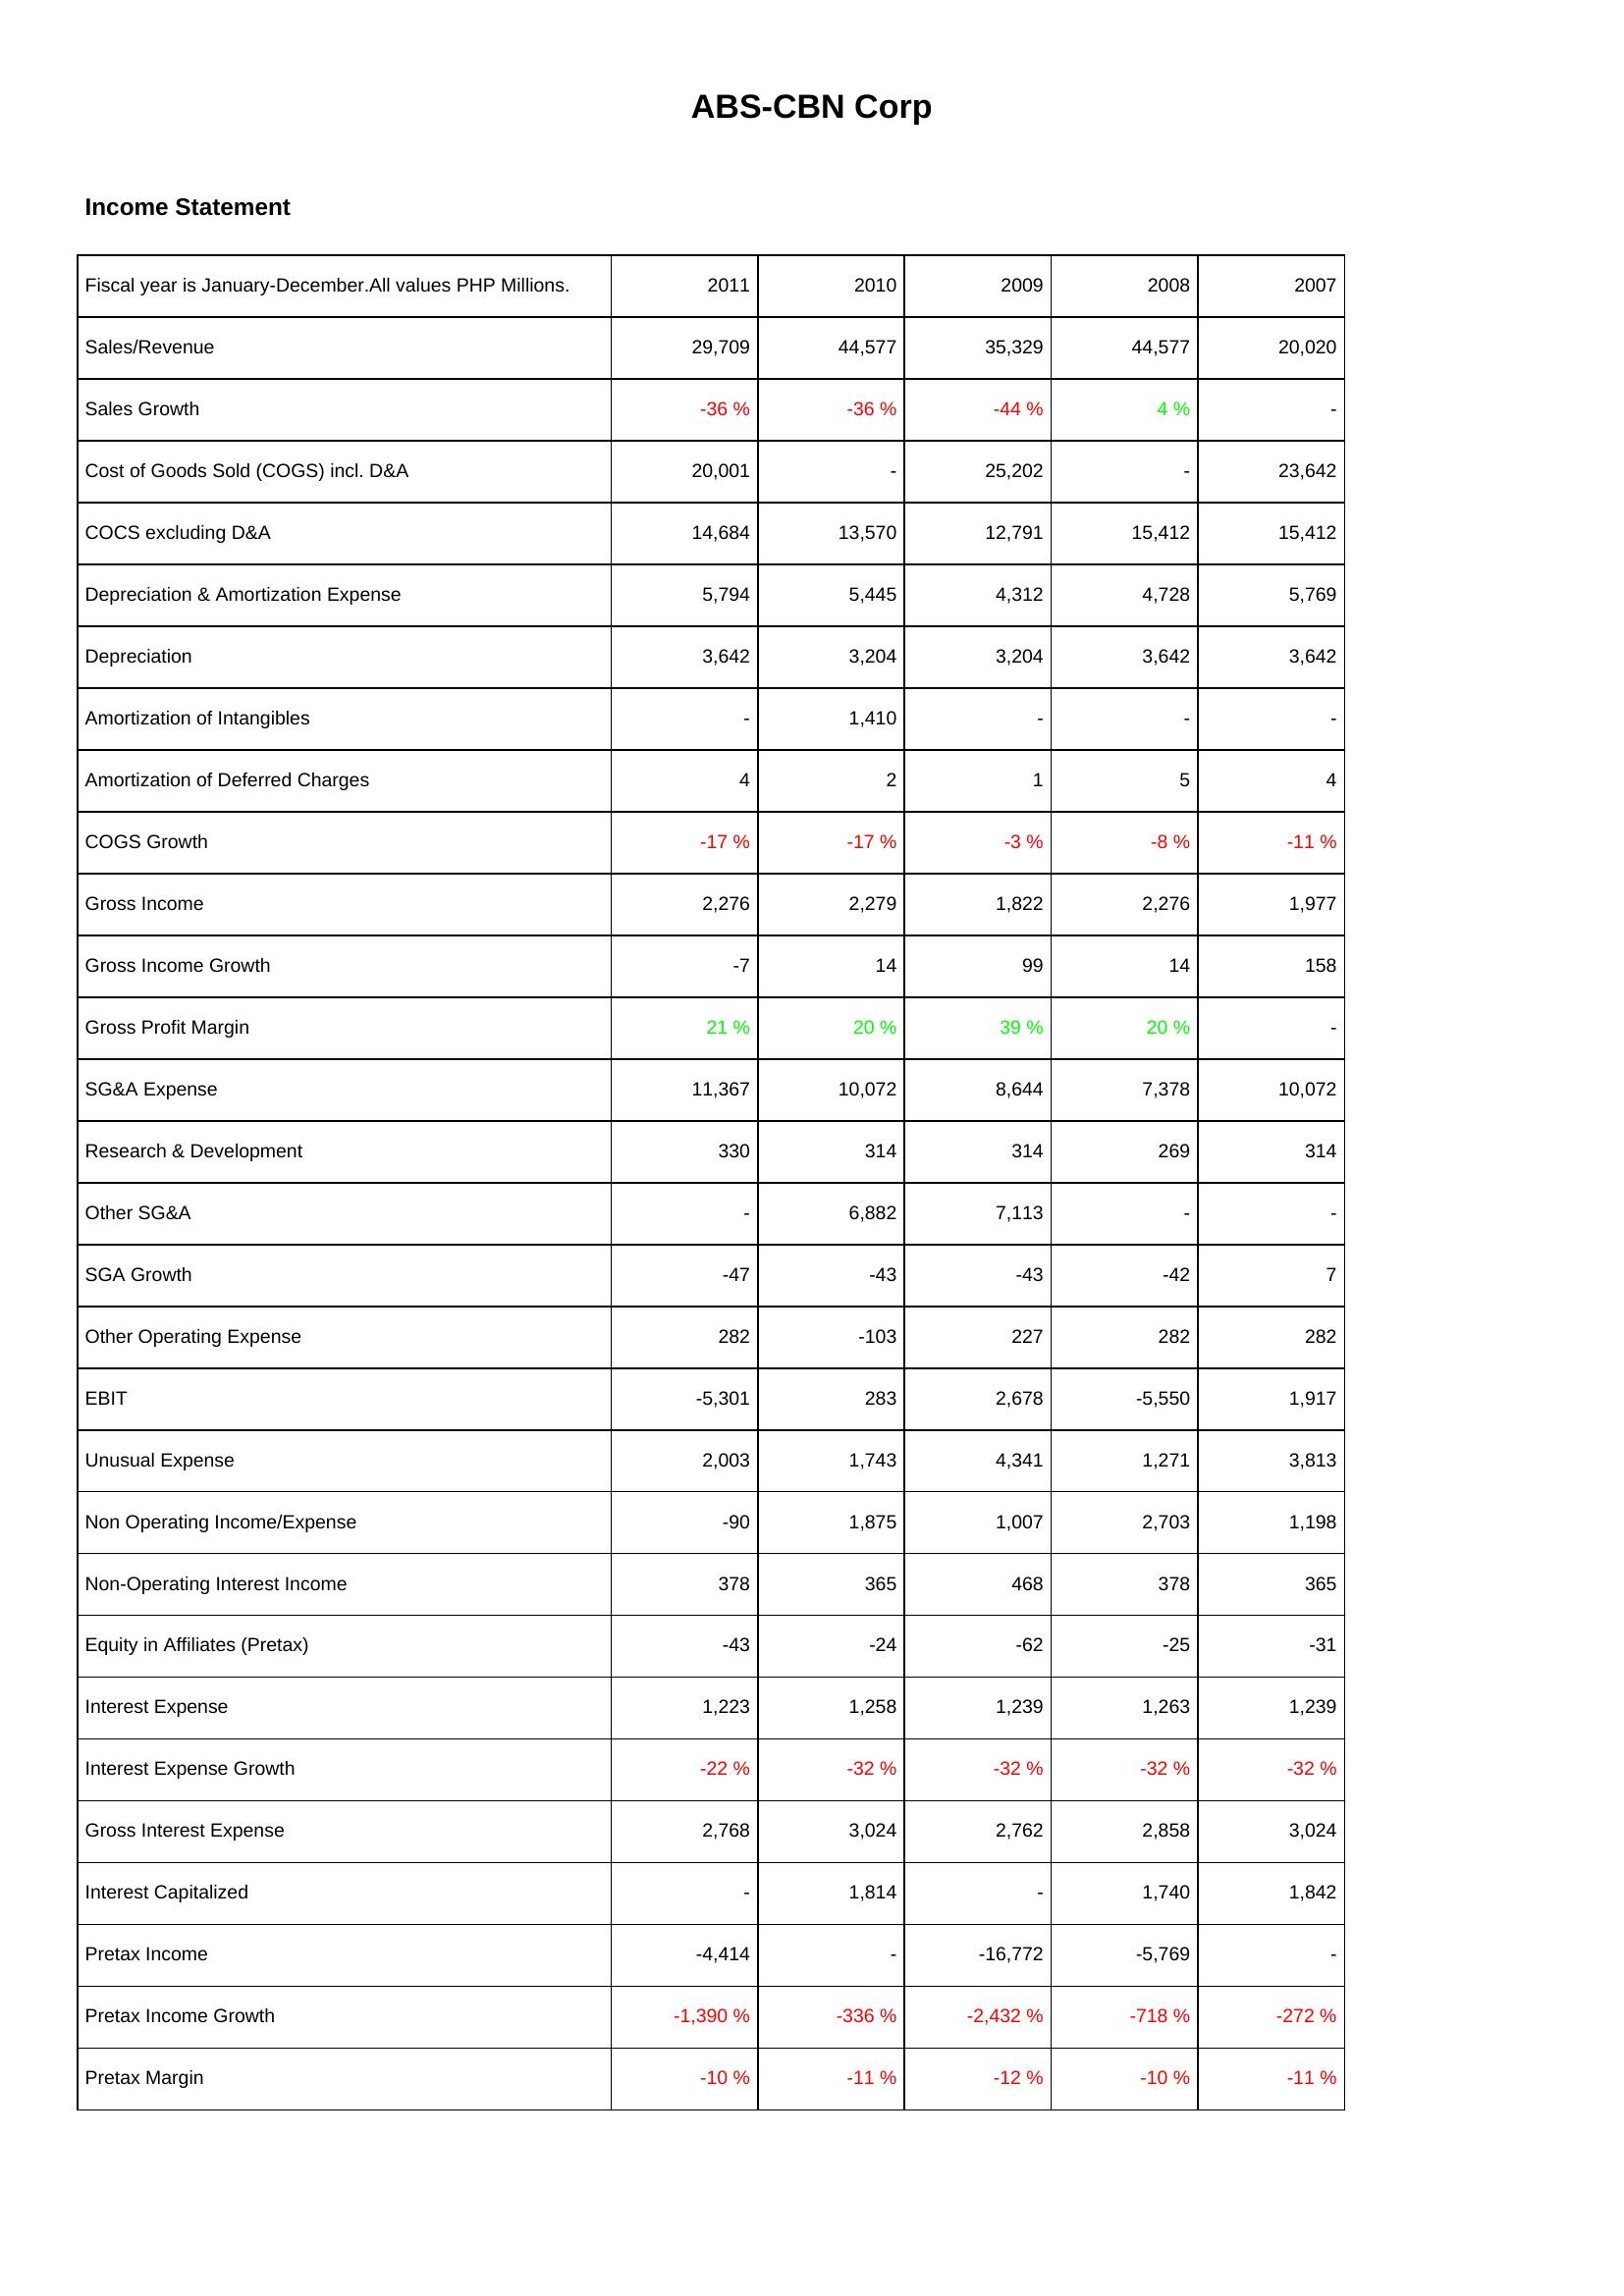
2011: Income Statement: Sales/Revenue: 29,709
Sales Growth: -36 %
Cost of Goods Sold (COGS) incl. D&A: 20,001
COCS excluding D&A: 14,684
Depreciation & Amortization Expense: 5,794
Depreciation: 3,642
Amortization of Intangibles: -
Amortization of Deferred Charges: 4
COGS Growth: -17 %
Gross Income: 2,276
Gross Income Growth: -7
Gross Profit Margin: 21 %
SG&A Expense: 11,367
Research & Development: 330
Other SG&A: -
SGA Growth: -47
Other Operating Expense: 282
EBIT: -5,301
Unusual Expense: 2,003
Non Operating Income/Expense: -90
Non-Operating Interest Income: 378
Equity in Affiliates (Pretax): -43
Interest Expense: 1,223
Interest Expense Growth: -22 %
Gross Interest Expense: 2,768
Interest Capitalized: -
Pretax Income: -4,414
Pretax Income Growth: -1,390 %
Pretax Margin: -10 %
2010: Income Statement: Sales/Revenue: 44,577
Sales Growth: -36 %
Cost of Goods Sold (COGS) incl. D&A: -
COCS excluding D&A: 13,570
Depreciation & Amortization Expense: 5,445
Depreciation: 3,204
Amortization of Intangibles: 1,410
Amortization of Deferred Charges: 2
COGS Growth: -17 %
Gross Income: 2,279
Gross Income Growth: 14
Gross Profit Margin: 20 %
SG&A Expense: 10,072
Research & Development: 314
Other SG&A: 6,882
SGA Growth: -43
Other Operating Expense: -103
EBIT: 283
Unusual Expense: 1,743
Non Operating Income/Expense: 1,875
Non-Operating Interest Income: 365
Equity in Affiliates (Pretax): -24
Interest Expense: 1,258
Interest Expense Growth: -32 %
Gross Interest Expense: 3,024
Interest Capitalized: 1,814
Pretax Income: -
Pretax Income Growth: -336 %
Pretax Margin: -11 %
2009: Income Statement: Sales/Revenue: 35,329
Sales Growth: -44 %
Cost of Goods Sold (COGS) incl. D&A: 25,202
COCS excluding D&A: 12,791
Depreciation & Amortization Expense: 4,312
Depreciation: 3,204
Amortization of Intangibles: -
Amortization of Deferred Charges: 1
COGS Growth: -3 %
Gross Income: 1,822
Gross Income Growth: 99
Gross Profit Margin: 39 %
SG&A Expense: 8,644
Research & Development: 314
Other SG&A: 7,113
SGA Growth: -43
Other Operating Expense: 227
EBIT: 2,678
Unusual Expense: 4,341
Non Operating Income/Expense: 1,007
Non-Operating Interest Income: 468
Equity in Affiliates (Pretax): -62
Interest Expense: 1,239
Interest Expense Growth: -32 %
Gross Interest Expense: 2,762
Interest Capitalized: -
Pretax Income: -16,772
Pretax Income Growth: -2,432 %
Pretax Margin: -12 %
2008: Income Statement: Sales/Revenue: 44,577
Sales Growth: 4 %
Cost of Goods Sold (COGS) incl. D&A: -
COCS excluding D&A: 15,412
Depreciation & Amortization Expense: 4,728
Depreciation: 3,642
Amortization of Intangibles: -
Amortization of Deferred Charges: 5
COGS Growth: -8 %
Gross Income: 2,276
Gross Income Growth: 14
Gross Profit Margin: 20 %
SG&A Expense: 7,378
Research & Development: 269
Other SG&A: -
SGA Growth: -42
Other Operating Expense: 282
EBIT: -5,550
Unusual Expense: 1,271
Non Operating Income/Expense: 2,703
Non-Operating Interest Income: 378
Equity in Affiliates (Pretax): -25
Interest Expense: 1,263
Interest Expense Growth: -32 %
Gross Interest Expense: 2,858
Interest Capitalized: 1,740
Pretax Income: -5,769
Pretax Income Growth: -718 %
Pretax Margin: -10 %
2007: Income Statement: Sales/Revenue: 20,020
Sales Growth: -
Cost of Goods Sold (COGS) incl. D&A: 23,642
COCS excluding D&A: 15,412
Depreciation & Amortization Expense: 5,769
Depreciation: 3,642
Amortization of Intangibles: -
Amortization of Deferred Charges: 4
COGS Growth: -11 %
Gross Income: 1,977
Gross Income Growth: 158
Gross Profit Margin: -
SG&A Expense: 10,072
Research & Development: 314
Other SG&A: -
SGA Growth: 7
Other Operating Expense: 282
EBIT: 1,917
Unusual Expense: 3,813
Non Operating Income/Expense: 1,198
Non-Operating Interest Income: 365
Equity in Affiliates (Pretax): -31
Interest Expense: 1,239
Interest Expense Growth: -32 %
Gross Interest Expense: 3,024
Interest Capitalized: 1,842
Pretax Income: -
Pretax Income Growth: -272 %
Pretax Margin: -11 %